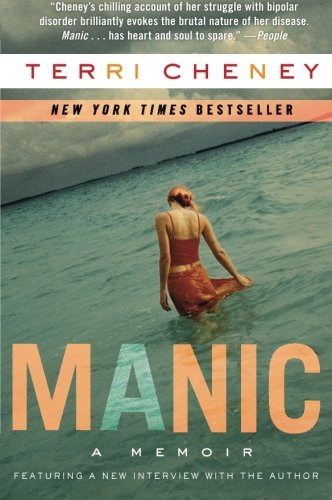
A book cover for Manic: A Memoir; Terri Cheney; Health, Fitness & Dieting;